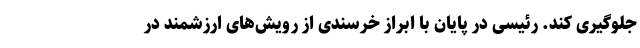
جلوگیری کند. رئیسی در پایان با ابراز خرسندی از رویش‌های ارزشمند در